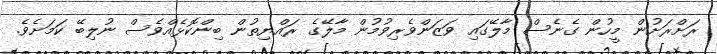
ރަށްރަށުން މީހުން ގެނެސް މާލޭގައި ވަޒަންވެރިވުމުން މާލޭގެ ރައްޔިތުން ބިންކޮޅެއްވެސް ނުލިބޭ ކަމަށެވެ.